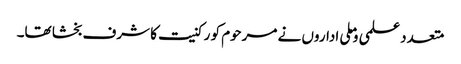
متعدد علمی وملی اداروں نے مرحوم کو رکنیت کا شرف بخشا تھا۔